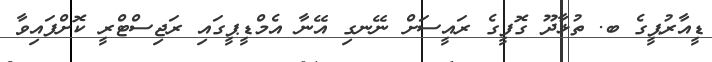
ޑީއާރުޕީގެ ބ. ތުޅާދޫ ގޮފީގެ ރައީސަށް ނޭނގި އޭނާ އެމްޑީޕީގައި ރަޖިސްޓްރީ ކޮށްފައިވާ